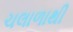
ચલાળાથી